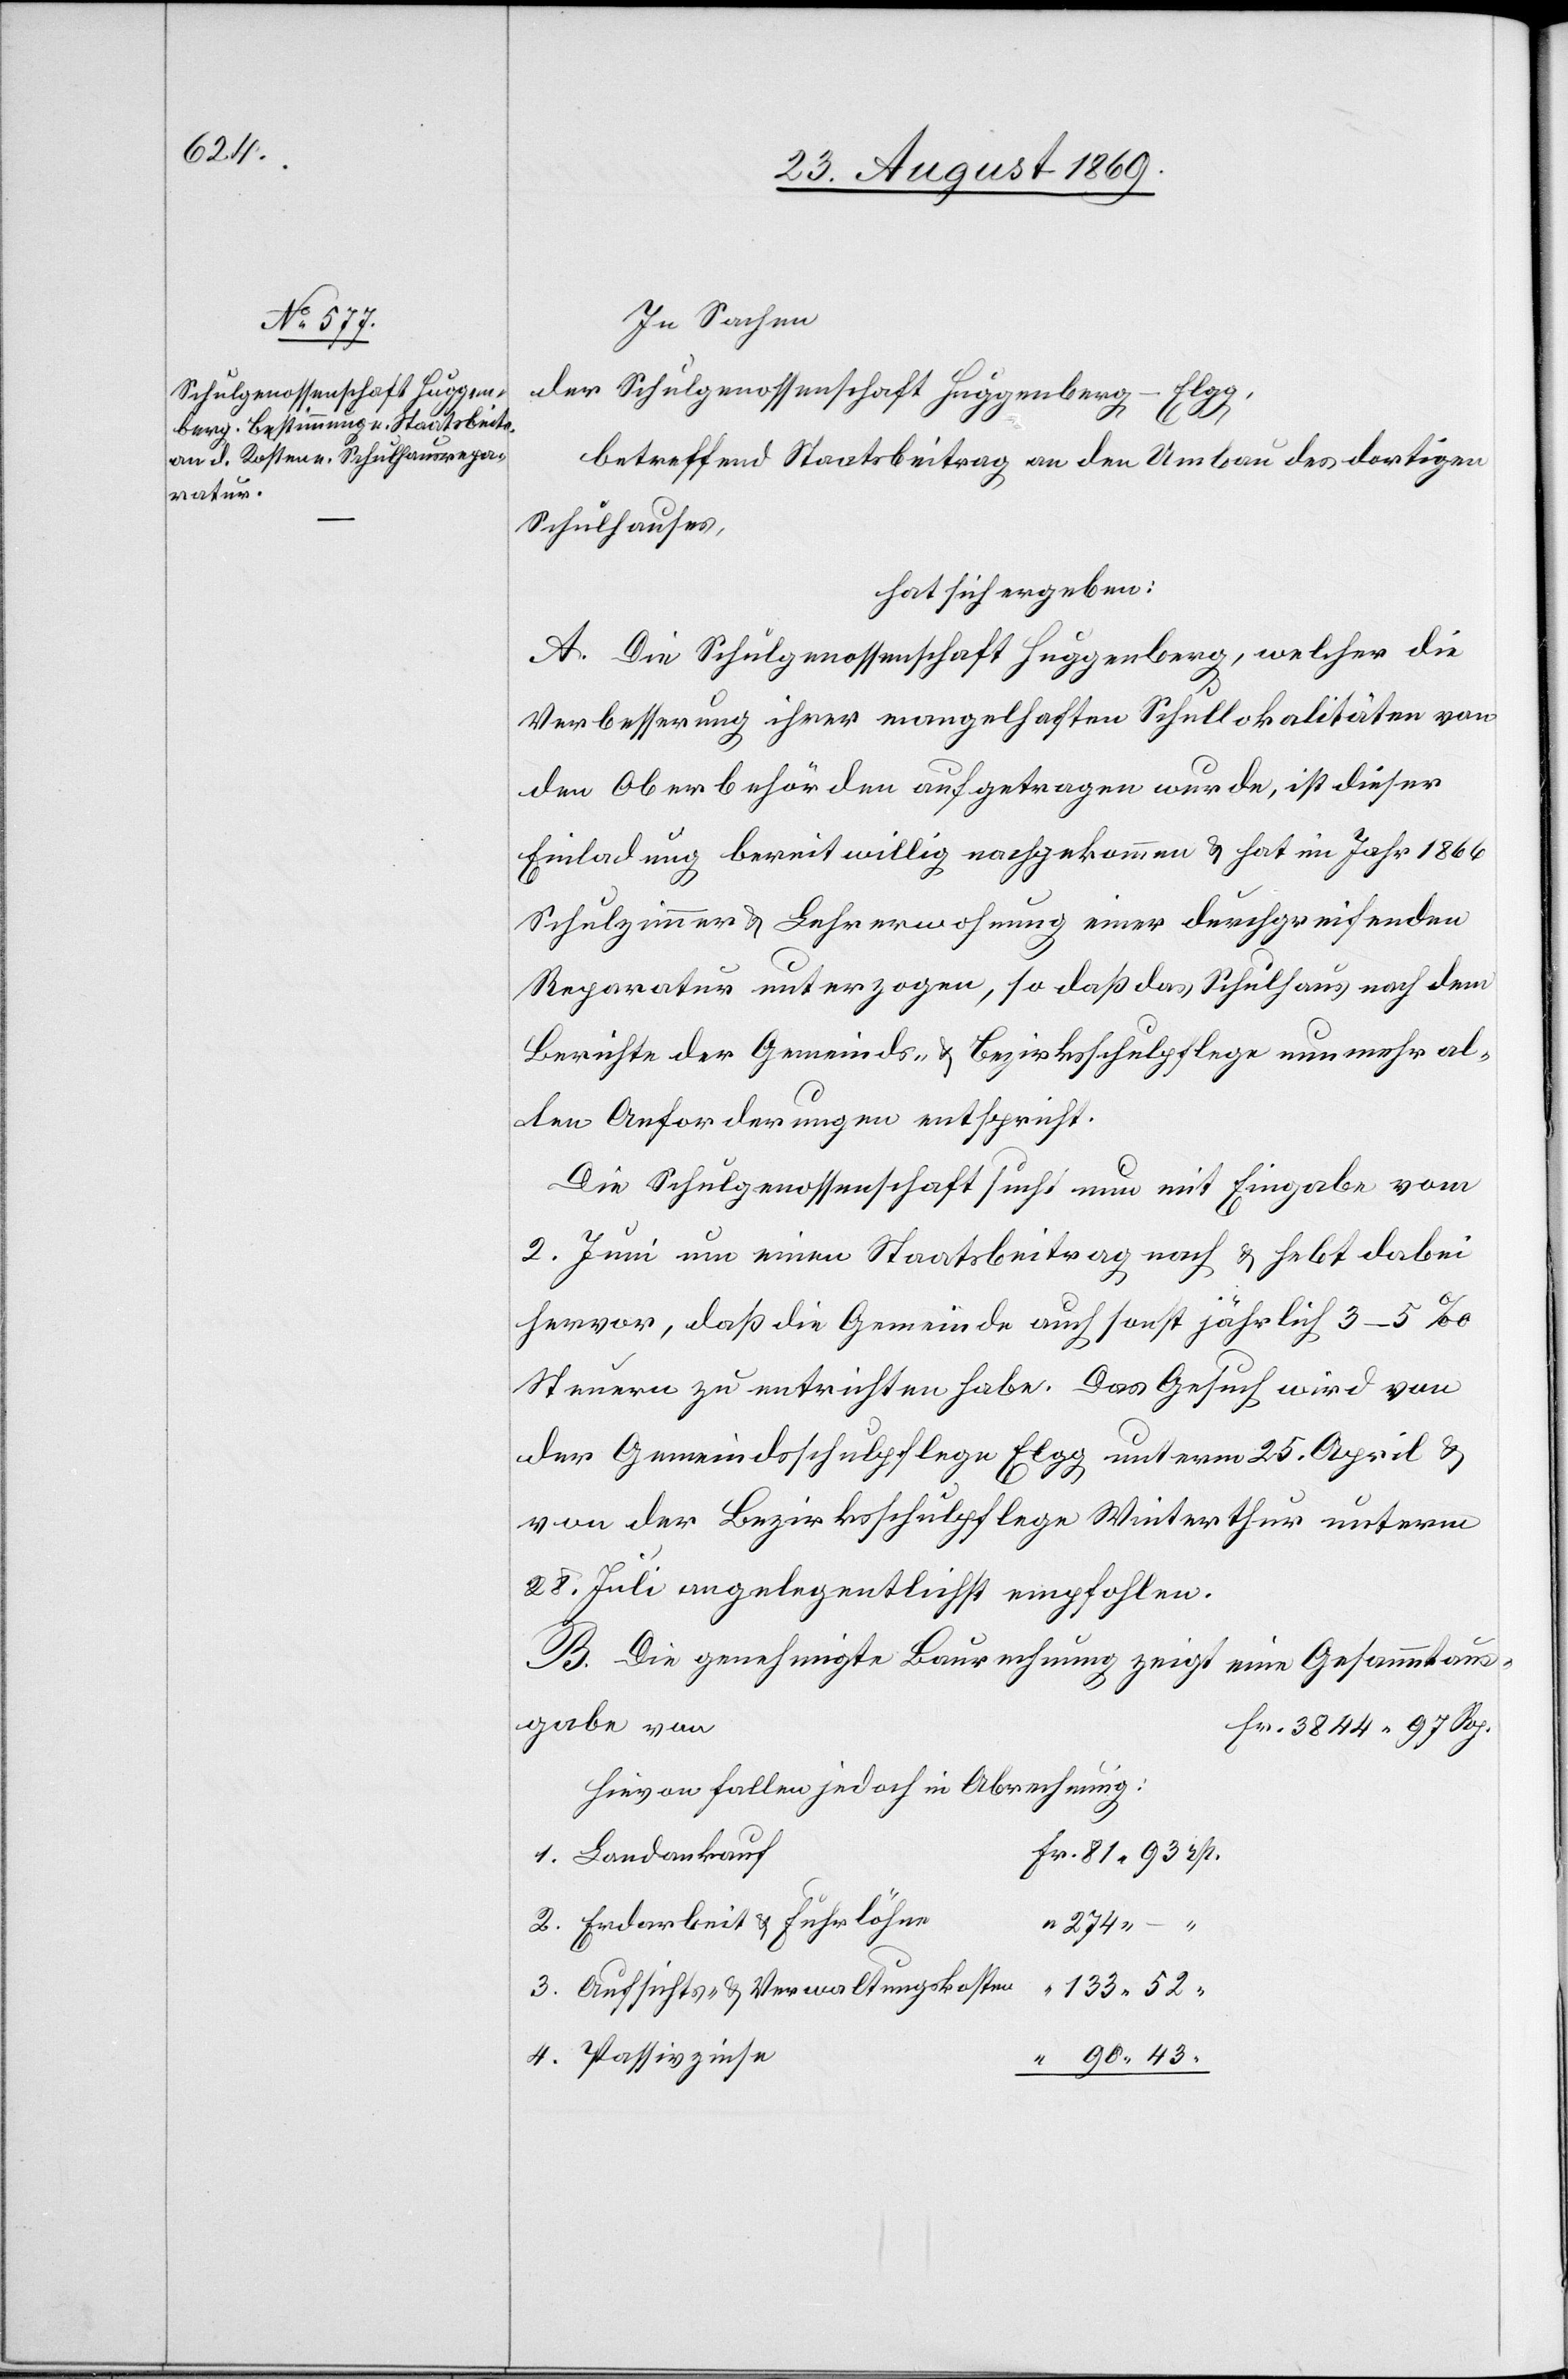
93 rp.

In Sachen
der Schulgenossenschaft Huggenberg-Elgg,
43
betreffend Staatsbeitrag an den Umbau des dortigen
Schulhauses,
hat sich ergeben:
A. Die Schulgenossenschaft Huggenberg, welcher die
Verbesserung ihrer mangelhaften Schullokalitäten von
den Oberbehörden aufgetragen wurde, ist dieser
Einladung bereitwillig nachgekommen & hat im Jahr 1866
Schulzimmer & Lehrerwohnung einer durchgreifenden
Reparatur unterzogen, so daß das Schulhaus nach dem
Berichte der Gemeinds- & Bezirksschulpflege nunmehr al¬
len Anforderungen entspricht.
Die Schulgenossenschaft sucht nun mit Eingabe vom
2. Juni um einen Staatsbeitrag nach & hebt dabei
hervor, daß die Gemeinde auch sonst jährlich 3–5‰
Steuern zu entrichten habe. Das Gesuch wird von
der Gemeindsschulpflege Elgg unterm 25. April &
von der Bezirksschulpflege Winterthur unterm
28. Juli angelegentlichst empfohlen.
B. Die genehmigte Baurechnung zeigt eine Gesammtaus¬
gabe von
3844 97 Rp.
Hievon fallen jedoch in Abrechnung:
1. Landankauf
2. Erdarbeit & Fuhrlöhne
3. Aufsichts- & Verwaltungskosten
133 52 “
4. Passivzinse